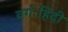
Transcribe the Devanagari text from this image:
वर्गःहिंदी